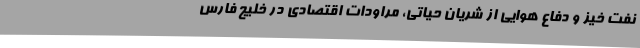
نفت خیز و دفاع هوایی از شریان حیاتی، مراودات اقتصادی در خلیج فارس